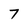
Character: 7